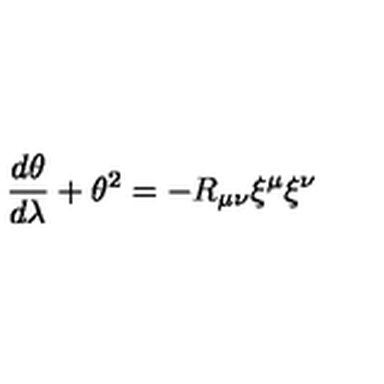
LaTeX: \frac { d \theta } { d \lambda } + \theta ^ { 2 } = - R _ { \mu \nu } { \xi } ^ { \mu } { \xi } ^ { \nu }